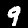
Digit: 9